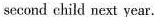
second child next year.